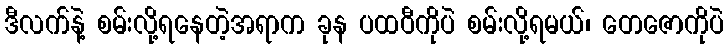
ဒီလက်နဲ့ စမ်းလို့ရနေတဲ့အရာက ခုန ပထဝီကိုပဲ စမ်းလို့ရမယ်၊ တေဇောကိုပဲ